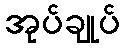
အုပ်ချုပ်